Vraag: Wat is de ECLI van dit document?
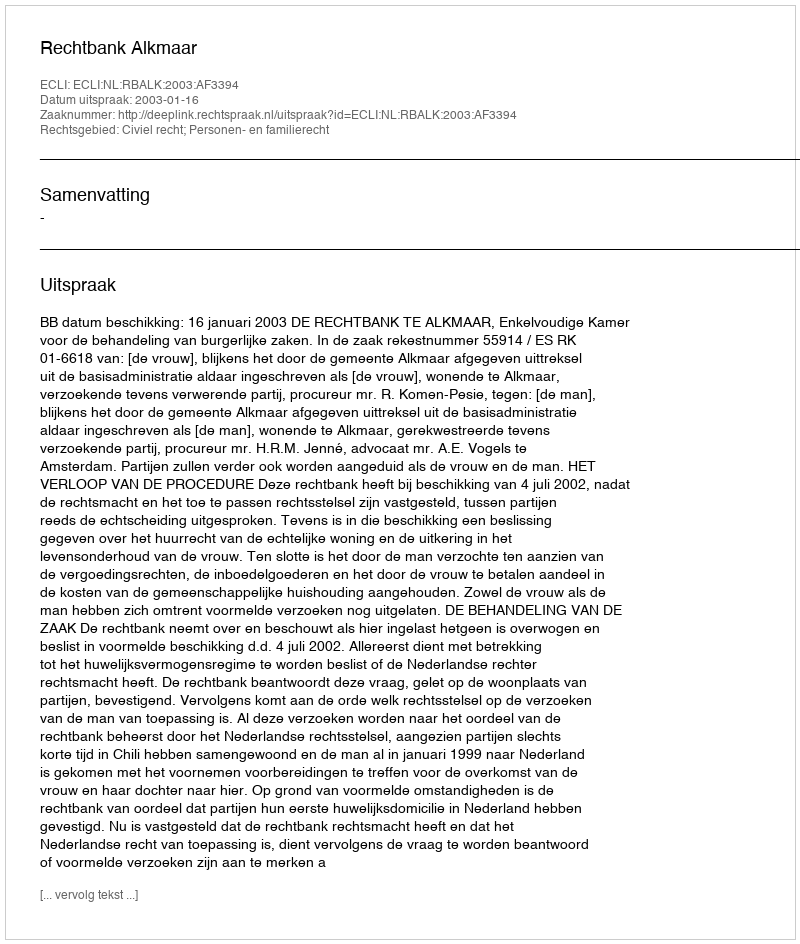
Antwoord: ECLI:NL:RBALK:2003:AF3394